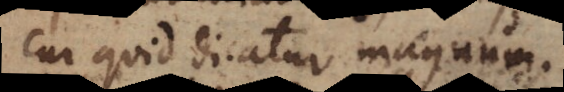
cur quid dicatur magnum.